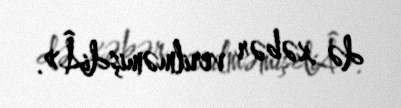
də xəbər verilməmişdiÂ».